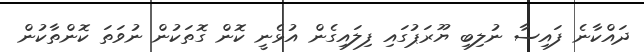
ދައްކާނެ ފައިސާ ނުލިބި ޔޫރަޕުގައި ފިލައިގެން އުޅެނީ ކޮން ގޮތަކުން ނުވަތަ ކޮންތާކުން